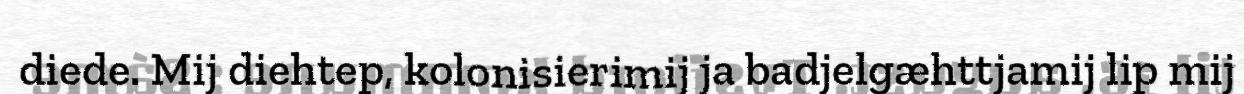
diede. Mij diehtep, kolonisierimij ja badjelgæhttjamij lip mij